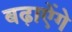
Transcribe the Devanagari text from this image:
बढ़ाऐेंगे